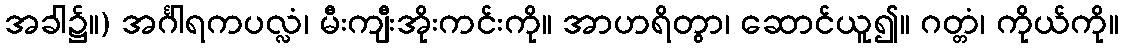
အခါ၌။) အင်္ဂါရကပလ္လံ၊ မီးကျီးအိုးကင်းကို။ အာဟရိတွာ၊ ဆောင်ယူ၍။ ဂတ္တံ၊ ကိုယ်ကို။